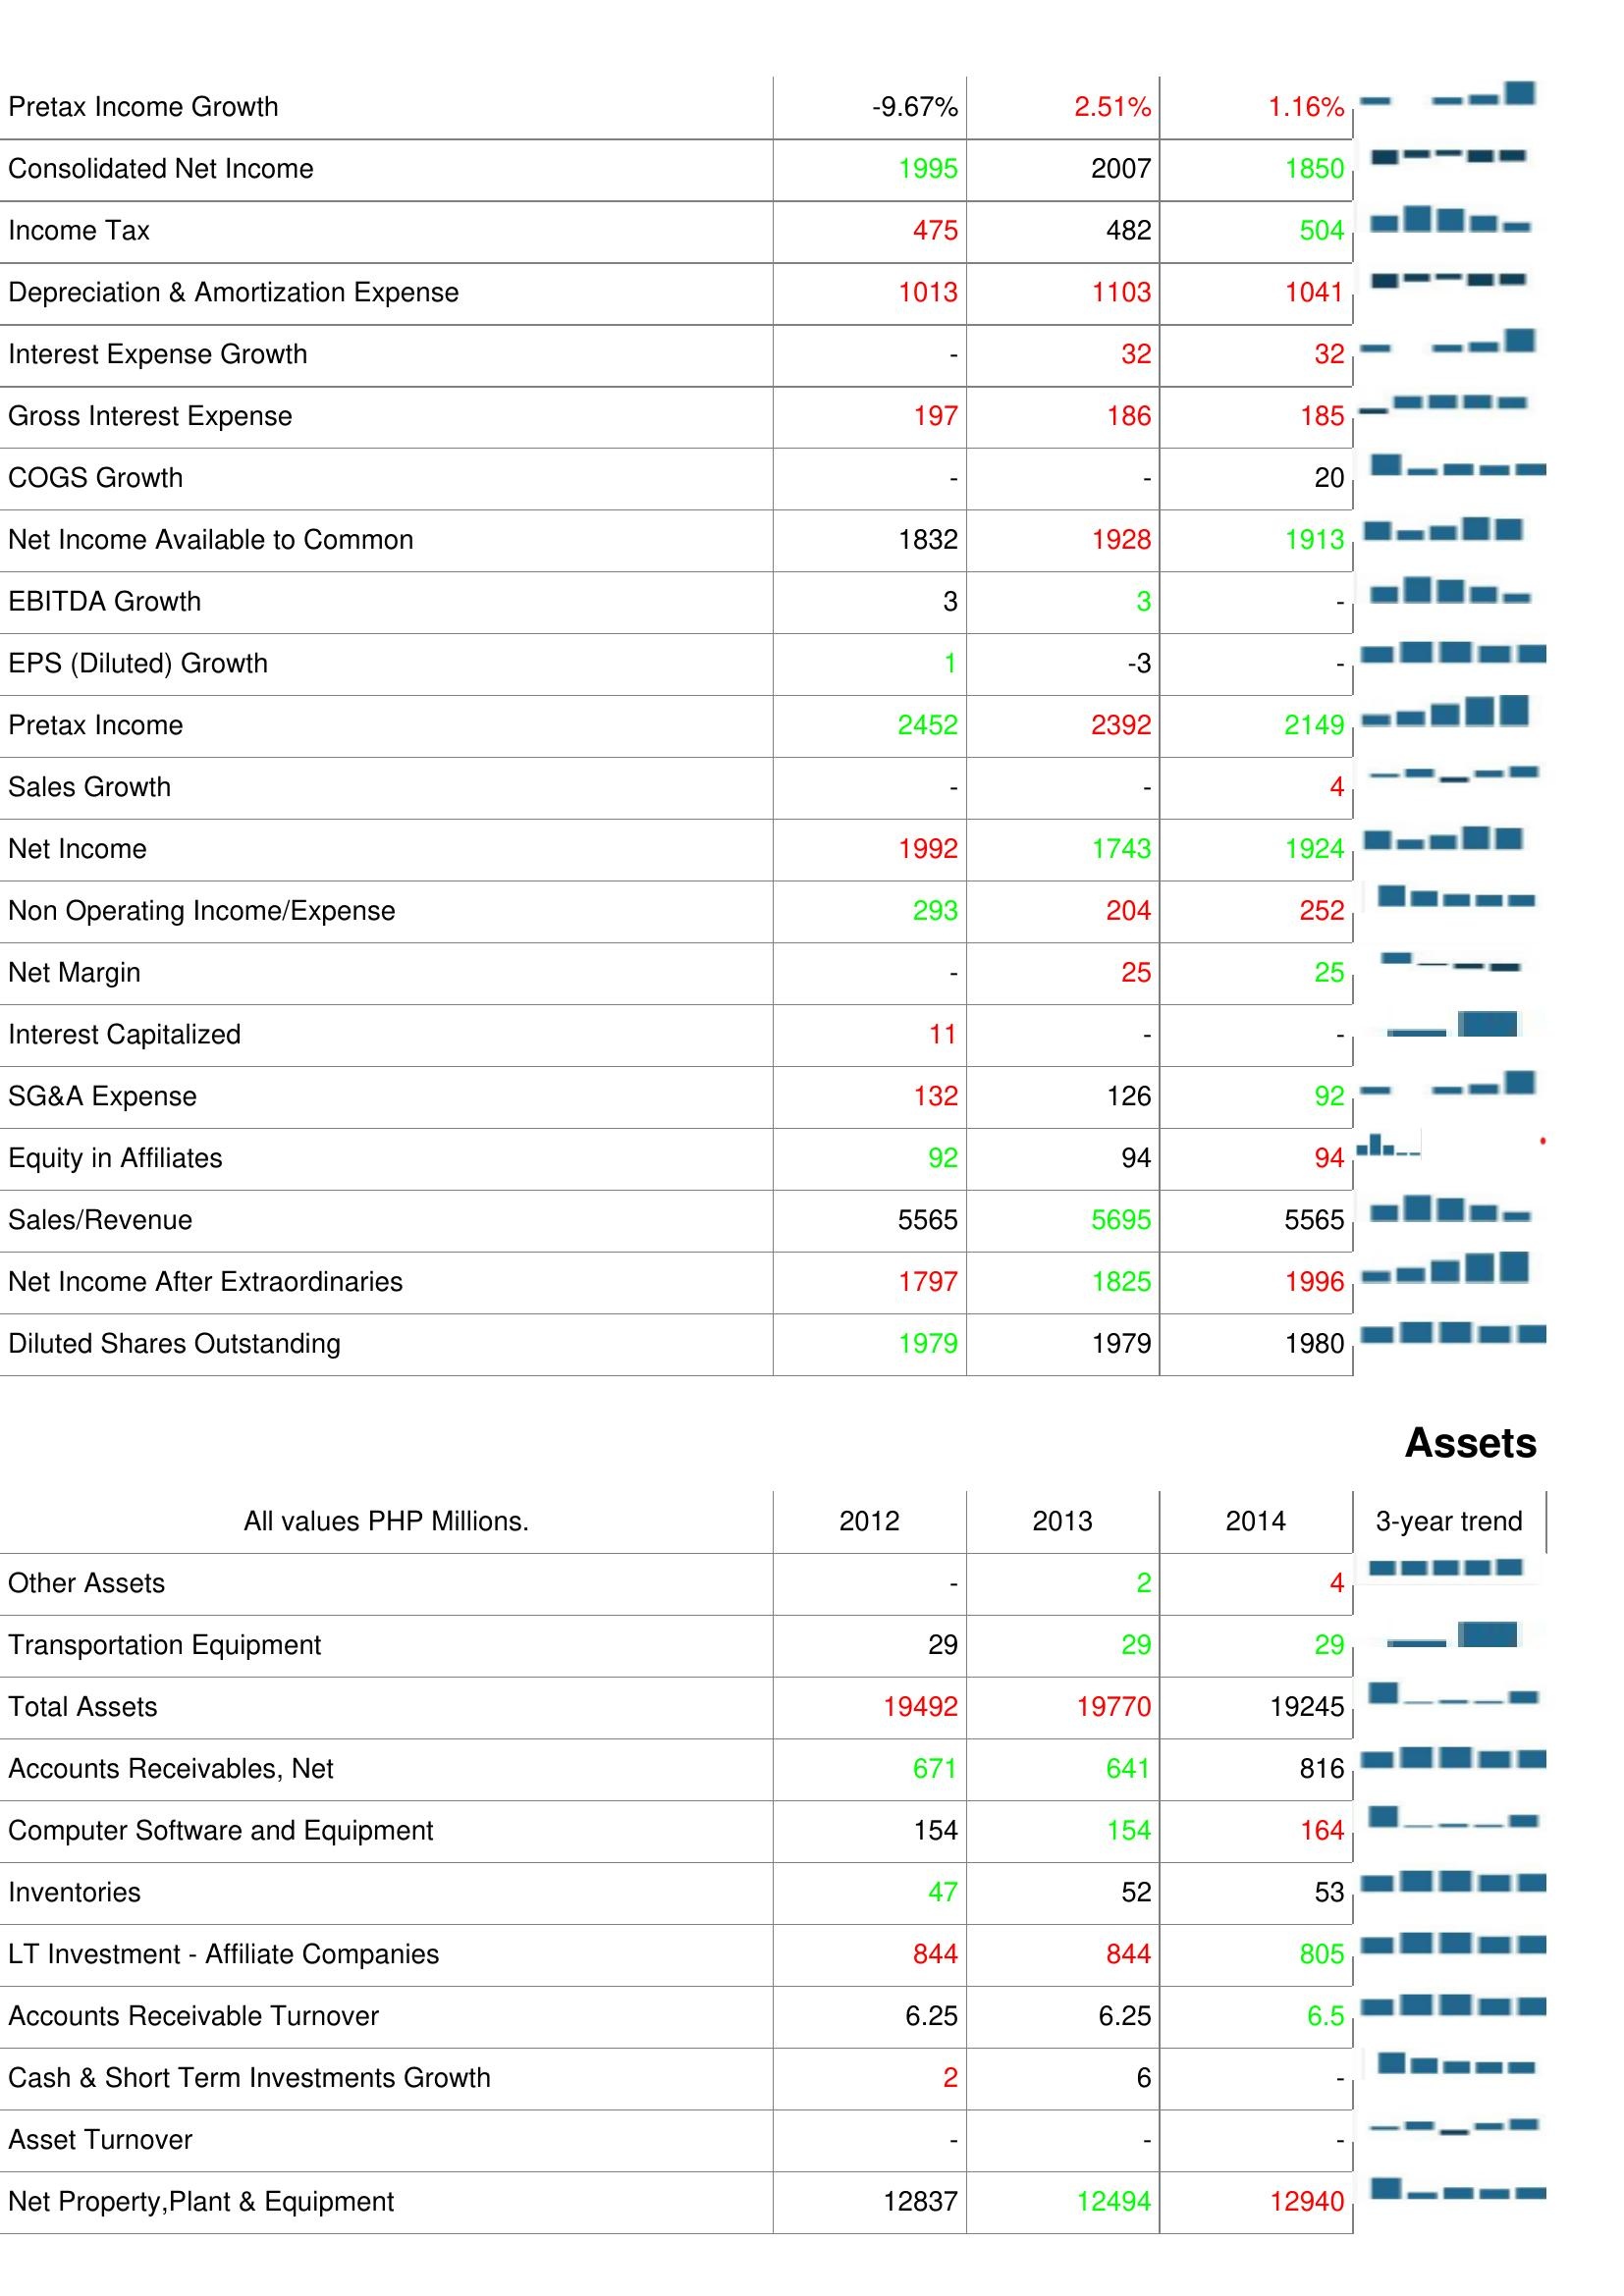
2012: : Pretax Income Growth: -9.67%
Consolidated Net Income: 1995
Income Tax: 475
Depreciation & Amortization Expense: 1013
Interest Expense Growth: -
Gross Interest Expense: 197
COGS Growth: -
Net Income Available to Common: 1832
EBITDA Growth: 3
EPS (Diluted) Growth: 1
Pretax Income: 2452
Sales Growth: -
Net Income: 1992
Non Operating Income/Expense: 293
Net Margin: -
Interest Capitalized: 11
SG&A Expense: 132
Equity in Affiliates: 92
Sales/Revenue: 5565
Net Income After Extraordinaries: 1797
Diluted Shares Outstanding: 1979
Assets: Other Assets: -
Transportation Equipment: 29
Total Assets: 19492
Accounts Receivables, Net: 671
Computer Software and Equipment: 154
Inventories: 47
LT Investment - Affiliate Companies: 844
Accounts Receivable Turnover: 6.25
Cash & Short Term Investments Growth: 2
Asset Turnover: -
Net Property,Plant & Equipment: 12837
2013: : Pretax Income Growth: 2.51%
Consolidated Net Income: 2007
Income Tax: 482
Depreciation & Amortization Expense: 1103
Interest Expense Growth: 32
Gross Interest Expense: 186
COGS Growth: -
Net Income Available to Common: 1928
EBITDA Growth: 3
EPS (Diluted) Growth: -3
Pretax Income: 2392
Sales Growth: -
Net Income: 1743
Non Operating Income/Expense: 204
Net Margin: 25
Interest Capitalized: -
SG&A Expense: 126
Equity in Affiliates: 94
Sales/Revenue: 5695
Net Income After Extraordinaries: 1825
Diluted Shares Outstanding: 1979
Assets: Other Assets: 2
Transportation Equipment: 29
Total Assets: 19770
Accounts Receivables, Net: 641
Computer Software and Equipment: 154
Inventories: 52
LT Investment - Affiliate Companies: 844
Accounts Receivable Turnover: 6.25
Cash & Short Term Investments Growth: 6
Asset Turnover: -
Net Property,Plant & Equipment: 12494
2014: : Pretax Income Growth: 1.16%
Consolidated Net Income: 1850
Income Tax: 504
Depreciation & Amortization Expense: 1041
Interest Expense Growth: 32
Gross Interest Expense: 185
COGS Growth: 20
Net Income Available to Common: 1913
EBITDA Growth: -
EPS (Diluted) Growth: -
Pretax Income: 2149
Sales Growth: 4
Net Income: 1924
Non Operating Income/Expense: 252
Net Margin: 25
Interest Capitalized: -
SG&A Expense: 92
Equity in Affiliates: 94
Sales/Revenue: 5565
Net Income After Extraordinaries: 1996
Diluted Shares Outstanding: 1980
Assets: Other Assets: 4
Transportation Equipment: 29
Total Assets: 19245
Accounts Receivables, Net: 816
Computer Software and Equipment: 164
Inventories: 53
LT Investment - Affiliate Companies: 805
Accounts Receivable Turnover: 6.5
Cash & Short Term Investments Growth: -
Asset Turnover: -
Net Property,Plant & Equipment: 12940